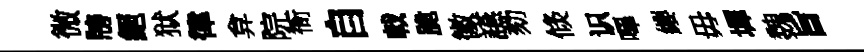
微牓絕狱律弇院衙自戟脆徽讌劾倐识嗶纓毋墀魏旨